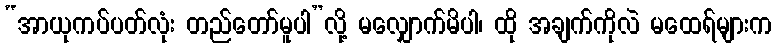
“အာယုကပ်ပတ်လုံး တည်တော်မူပါ”လို့ မလျှောက်မိပါ၊ ထို အချက်ကိုလဲ မထေရ်များက